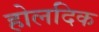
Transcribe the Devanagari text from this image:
होलदिक